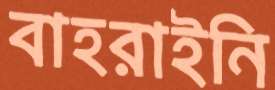
বাহরাইনি